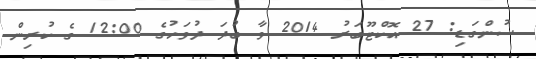
ސުންގަޑި: 27 އޮކްޓޫބަރު 2014 ވާ ބުދަ ދުވަހުގެ 12:00 ގެ ކުރިން